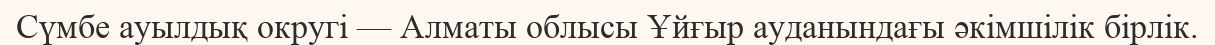
Сүмбе ауылдық округі — Алматы облысы Ұйғыр ауданындағы әкімшілік бірлік.